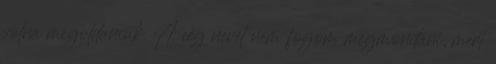
volna megoldaniuk. A cég nevét nem fogom megmondani, mert